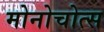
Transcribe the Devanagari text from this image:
मोनोचोत्स